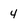
Character: 4